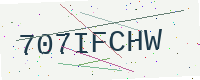
Text: 707IFCHW